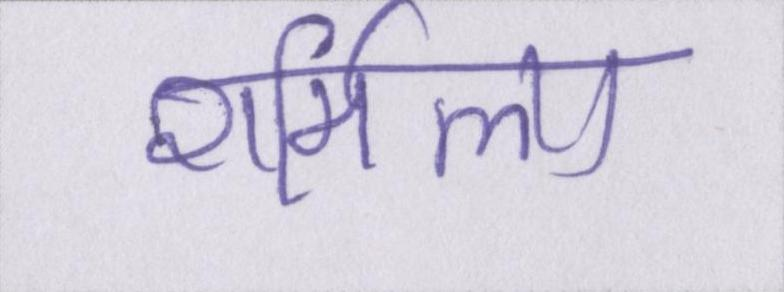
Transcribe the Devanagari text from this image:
शर्मिला